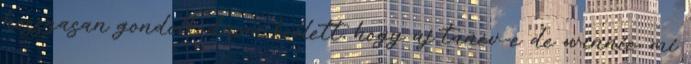
hosszasan gondolkodnom kellett, hogy új tanév-e de winnie, mi